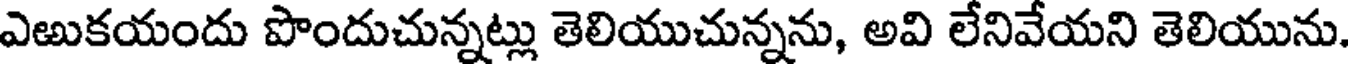
ఎఱుకయందు పొందుచున్నట్లు తెలియుచున్నను, అవి లేనివేయని తెలియును